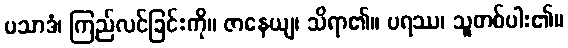
ပသာဒံ၊ ကြည်လင်ခြင်းကို။ ဇာနေယျ၊ သိရာ၏။ ပရဿ၊ သူတစ်ပါး၏။